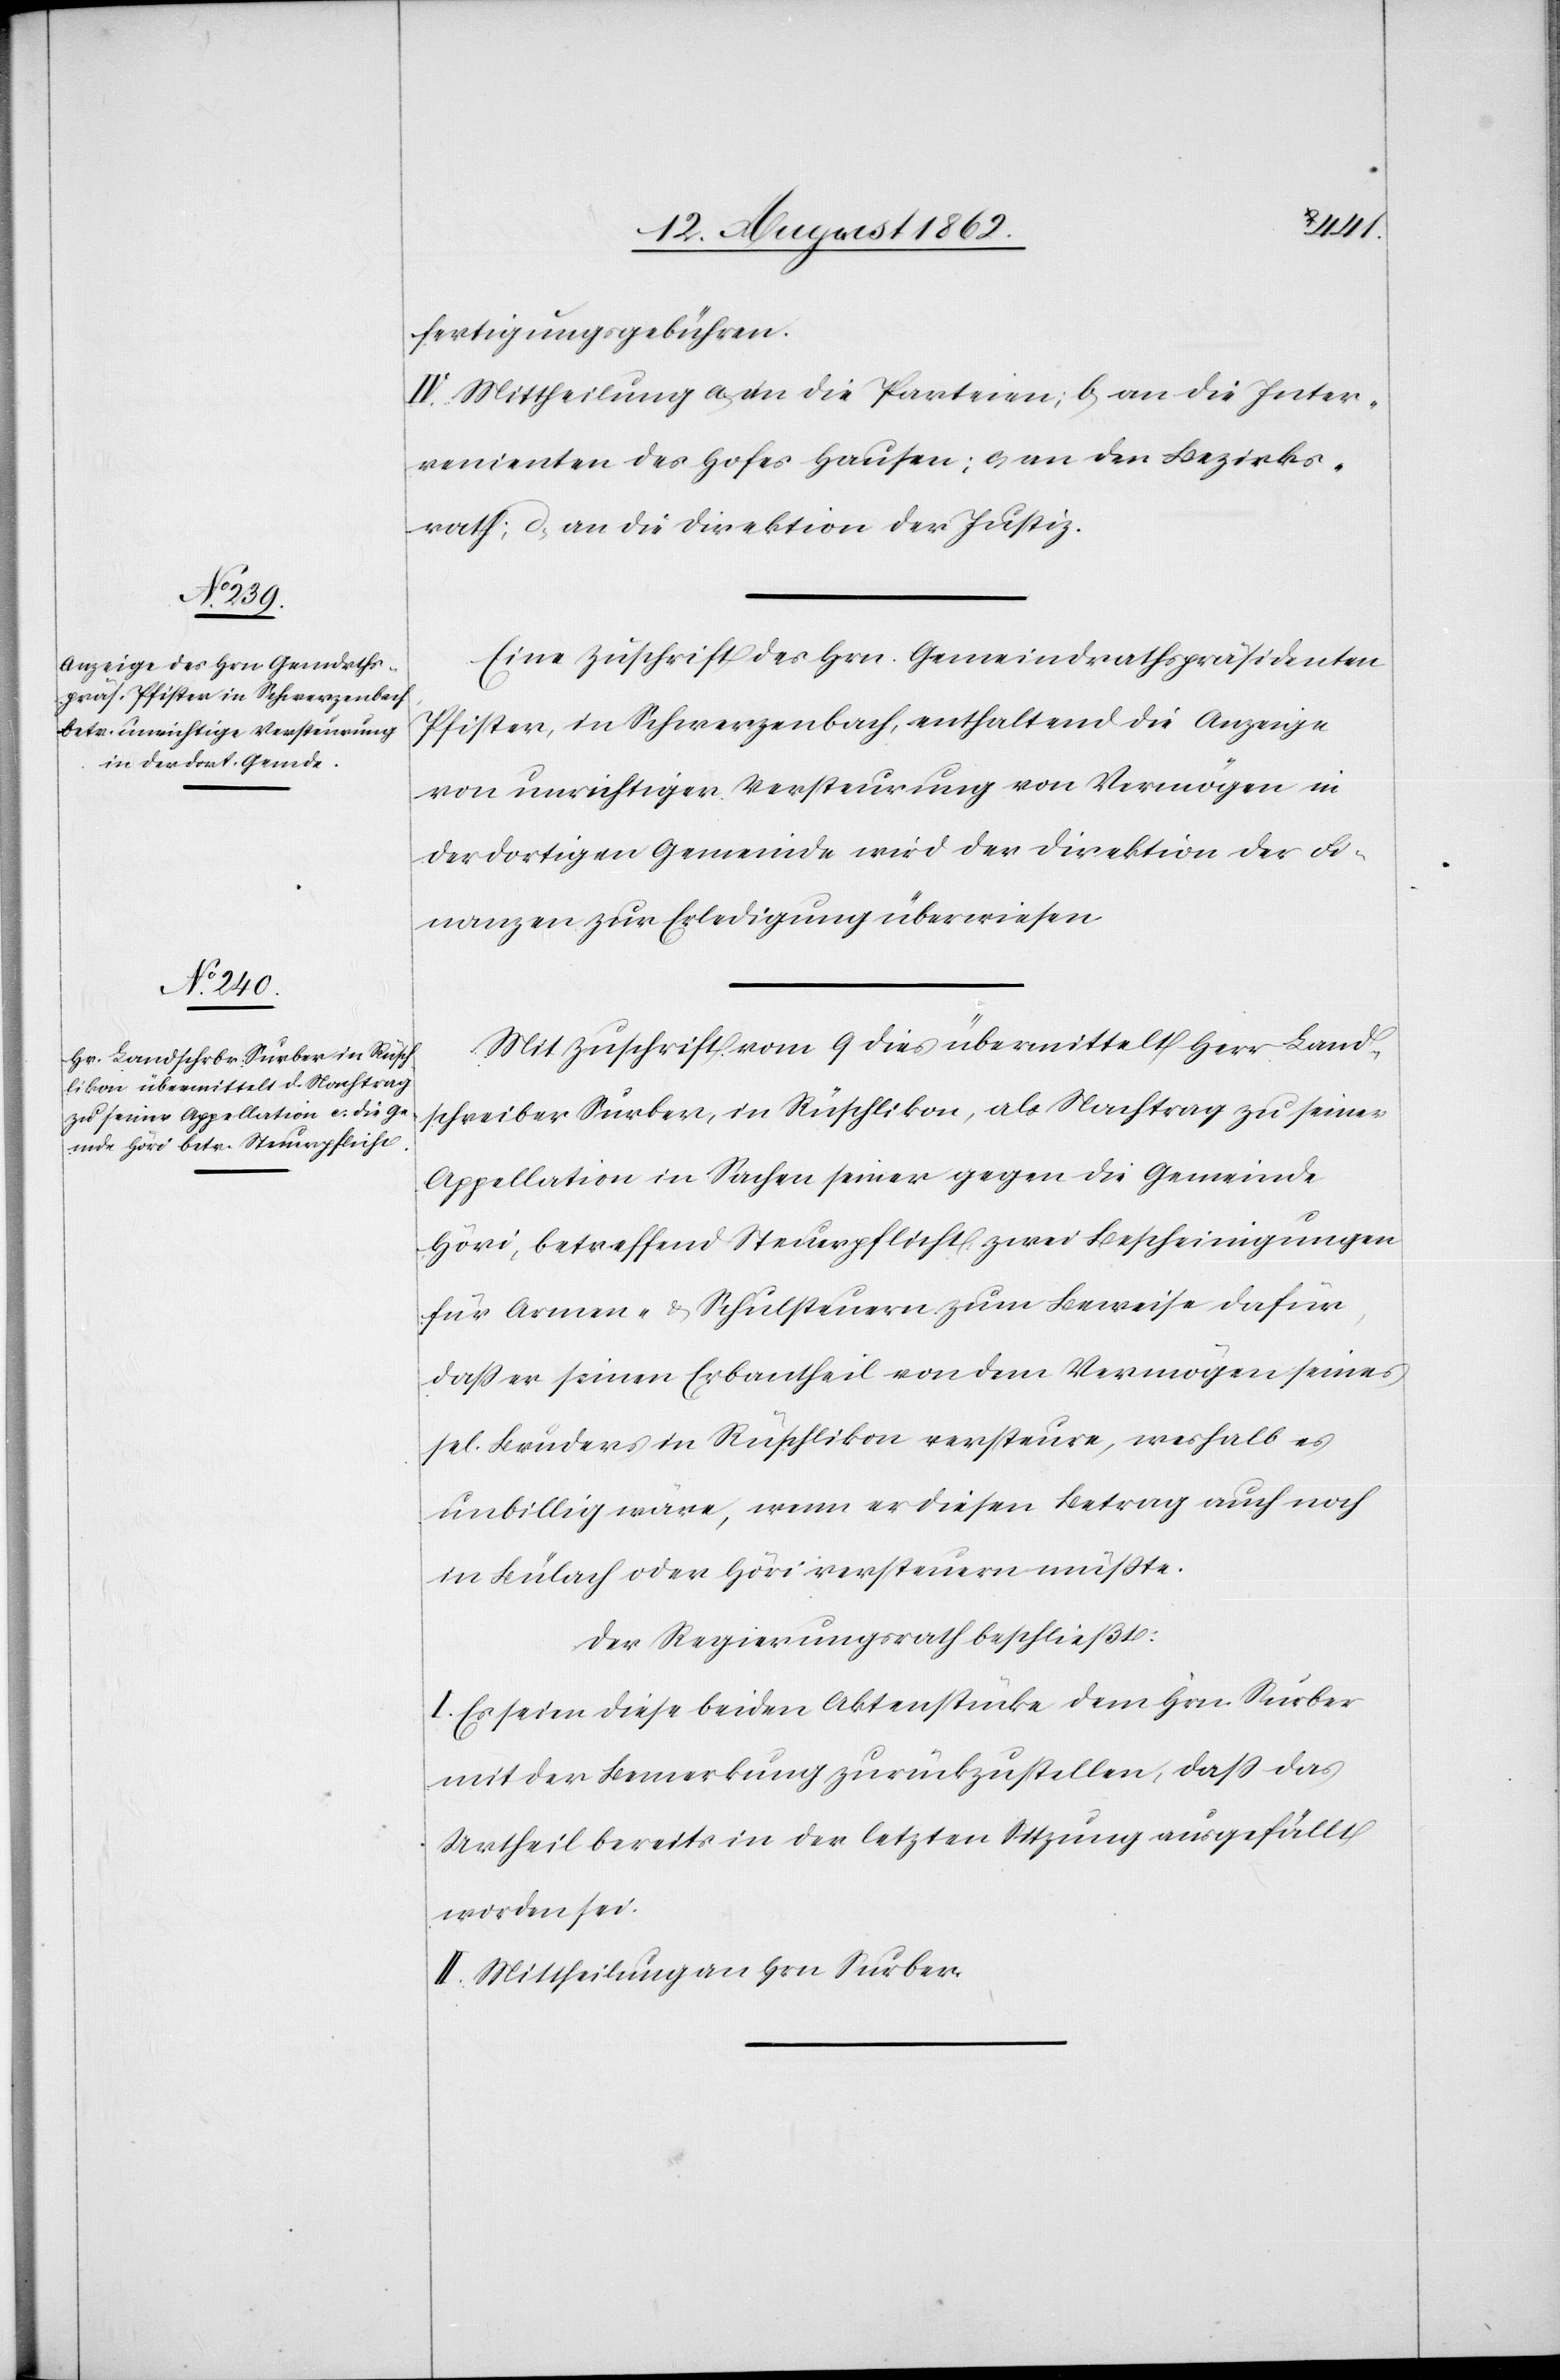
fertigungsgebühren.
IV. Mittheilung a) an die Parteien; b) an die Inter¬
venienten des Hofes Hausen; c) an den Bezirks¬
rath; d) an die Direktion der Justiz.
Eine Zuschrift des Hrn. Gemeindrathspräsidenten
Pfister, in Schwerzenbach, enthaltend die Anzeige
von unrichtiger Versteurung von Vermögen in
der dortigen Gemeinde wird der Direktion der Fi¬
nanzen zur Erledigung überwiesen.
Mit Zuschrift vom 9. dies übermittelt Herr Land¬
schreiber Surber, in Rüschlikon, als Nachtrag zu seiner
Appellation in Sachen seiner gegen die Gemeinde
Höri, betreffend Steuerpflicht, zwei Bescheinigungen
für Armen- u. Schulsteuern zum Beweise dafür,
daß er seinen Erbantheil von dem Vermögen seines
sel. Bruders in Rüschlikon versteure, weshalb es
unbillig wäre, wenn er diesen Betrag auch noch
in Bülach oder Höri versteuern müßte.
Der Regierungsrath beschließt:
I. Es seien diese beiden Aktenstücke dem Hrn. Surber
mit der Bemerkung zurückzustellen, daß das
Urtheil bereits in der letzten Sitzung ausgefällt
worden sei.
II. Mittheilung an Hrn. Surber.